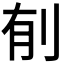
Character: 𮰌